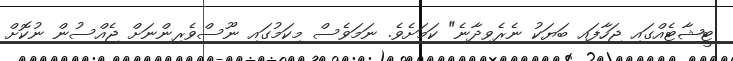
ޓީޝާޓެއްގައި ޖަހާފައި ބަޔަކު ނެރެވިދާނެ" ކަމަށެވެ. ނަމަވެސް މިކަމުގައި ނޫސްވެރިންނަށް ޖެއްސުން ނުކޮށް